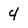
Character: 4